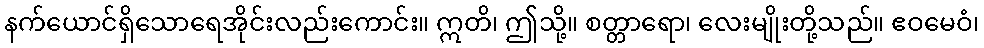
နက်ယောင်ရှိသောရေအိုင်းလည်းကောင်း။ ဣတိ၊ ဤသို့။ စတ္တာရော၊ လေးမျိုးတို့သည်။ ဧဝမေဝံ၊